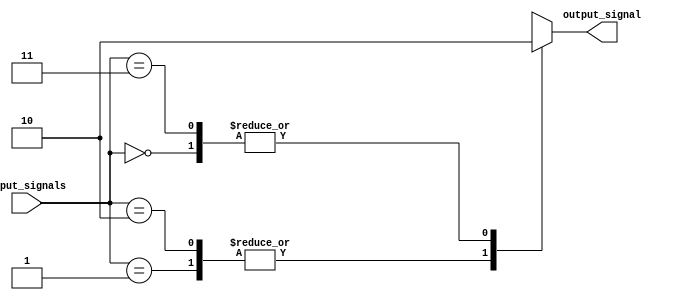
module full_case_statement(
  input [1:0] input_signals,
  output reg output_signal
);

always @(*)
begin
  case(input_signals)
    2'b00: output_signal = 1'b0;
    2'b01: output_signal = 1'b1;
    2'b10: output_signal = 1'b1;
    2'b11: output_signal = 1'b0;
    default: output_signal = 1'b0;
  endcase
end

endmodule